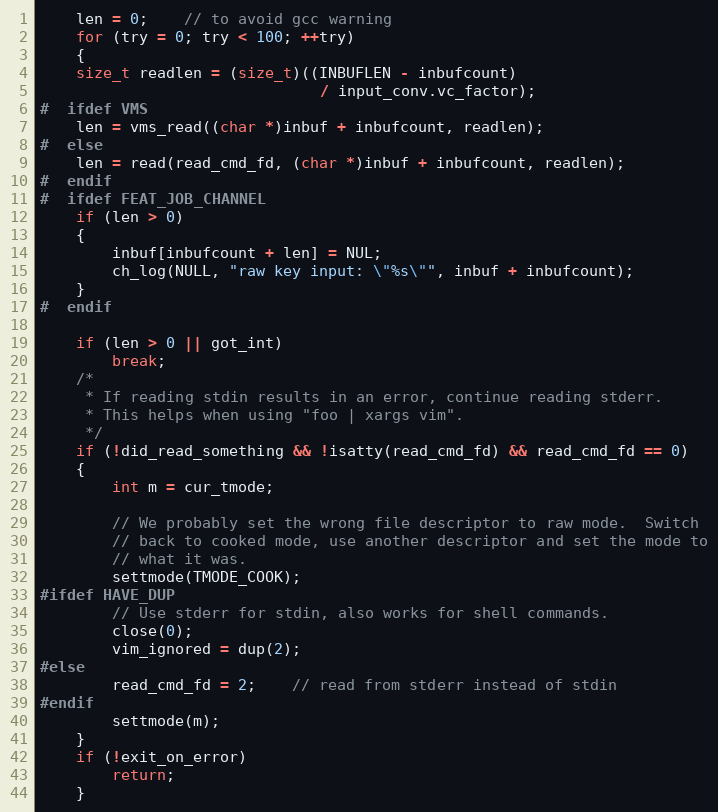
Language: C
    len = 0;	// to avoid gcc warning
    for (try = 0; try < 100; ++try)
    {
	size_t readlen = (size_t)((INBUFLEN - inbufcount)
						       / input_conv.vc_factor);
#  ifdef VMS
	len = vms_read((char *)inbuf + inbufcount, readlen);
#  else
	len = read(read_cmd_fd, (char *)inbuf + inbufcount, readlen);
#  endif
#  ifdef FEAT_JOB_CHANNEL
	if (len > 0)
	{
	    inbuf[inbufcount + len] = NUL;
	    ch_log(NULL, "raw key input: \"%s\"", inbuf + inbufcount);
	}
#  endif

	if (len > 0 || got_int)
	    break;
	/*
	 * If reading stdin results in an error, continue reading stderr.
	 * This helps when using "foo | xargs vim".
	 */
	if (!did_read_something && !isatty(read_cmd_fd) && read_cmd_fd == 0)
	{
	    int m = cur_tmode;

	    // We probably set the wrong file descriptor to raw mode.  Switch
	    // back to cooked mode, use another descriptor and set the mode to
	    // what it was.
	    settmode(TMODE_COOK);
#ifdef HAVE_DUP
	    // Use stderr for stdin, also works for shell commands.
	    close(0);
	    vim_ignored = dup(2);
#else
	    read_cmd_fd = 2;	// read from stderr instead of stdin
#endif
	    settmode(m);
	}
	if (!exit_on_error)
	    return;
    }